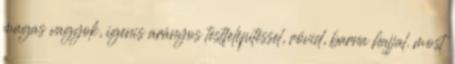
magas vagyok, igenis arányos testfelépítéssel, rövid, barna hajjal. most